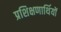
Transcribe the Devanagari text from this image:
प्रशिक्षणार्थियों